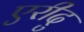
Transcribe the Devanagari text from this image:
एरीदु